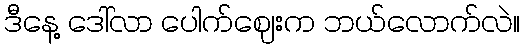
ဒီနေ့ ဒေါ်လာ ပေါက်ဈေးက ဘယ်လောက်လဲ။